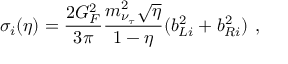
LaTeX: \sigma _ { i } ( \eta ) = \frac { 2 G _ { F } ^ { 2 } } { 3 \pi } \frac { m _ { \nu _ { \tau } } ^ { 2 } \sqrt { \eta } } { 1 - \eta } ( b _ { L i } ^ { 2 } + b _ { R i } ^ { 2 } ) ~ ,